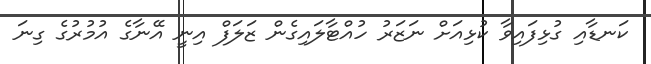
ކަނޑާއި ގުޅިފައިވާ ކުޅިއަށް ނަޒަރު ހުއްޓާލައިގެން ޒަލަފް އިނީ އޭނާގެ އުމުރުގެ ގިނަ